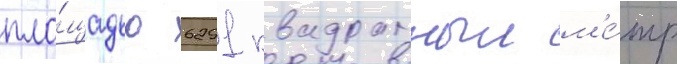
пло́щадью 6291 квадратныи м'е́тр